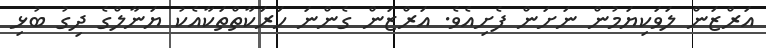
އަރްޒަން ލަވަކިޔަމުން ނަށަން ފެށިއެވެ. އަރްޒަން ގެންނަ ހަރަކާތްތަކާއެކު ޔަނާލްގެ ދިގު ބުޅި